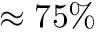
\approx 7 5 \%